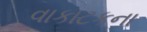
વાકાટકના